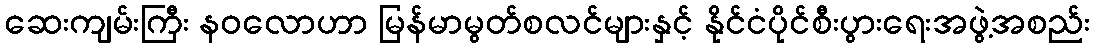
ဆေးကျမ်းကြီး နဝလောဟာ မြန်မာမွတ်စလင်များနှင့် နိုင်ငံပိုင်စီးပွားရေးအဖွဲ့အစည်း